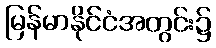
မြန်မာနိုင်ငံအတွင်း၌